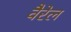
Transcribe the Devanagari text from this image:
वैरेल